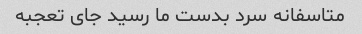
متاسفانه سرد بدست ما رسید جای تعجبه